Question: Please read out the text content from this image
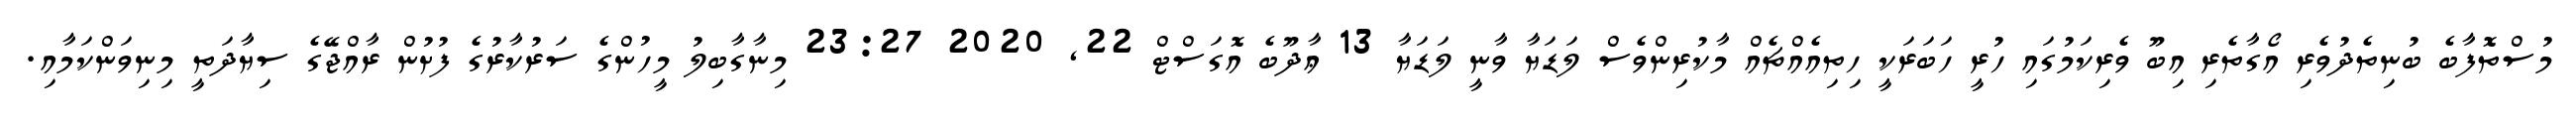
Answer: މުސްތޮފާބެ ބުނިތެދުވެރި އޯގާތެރި އިބޫ ވެރިކަމުގައި ހުރީ ހަބަރަކީ ހިތިއެއްޗެއް މާކުރިންވެސް ލަޑަޔާ ވާނީ ލަޑަޔާ 13 ޢާދޫބެ އޮގަސްޓް 22, 2020 23:27 މިނާގާބިލު މީހުންގެ ސަރުކާރުގެ ފުށުން ރާއްޖޭގެ ސިޔާދަތީ މިނިވަންކަމާއި.